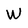
Character: W